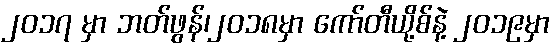
၂၀၁၇ မှာ ဘတ်ဖွန်၊၂၀၁၈မှာ ကော်တီယို့စ်နဲ့ ၂၀၁၉မှာ